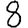
Digit: 8